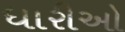
ધારીઓ